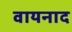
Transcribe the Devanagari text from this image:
वायनाद